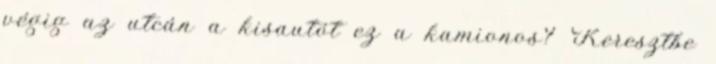
végig az utcán a kisautót ez a kamionos? Keresztbe